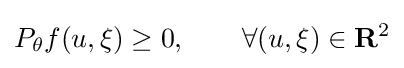
P_{\theta }f(u,\xi )\geq 0,\qquad \forall (u,\xi )\in {{\mathbf {R} }^{2}}